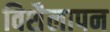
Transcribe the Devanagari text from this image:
विशैलापन